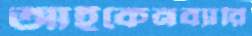
আইকেনব্যারি